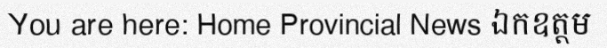
You are here: Home Provincial News ឯកឧត្តម